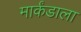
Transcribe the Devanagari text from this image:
मार्कंडाला